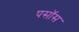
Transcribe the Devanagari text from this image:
पसॉस